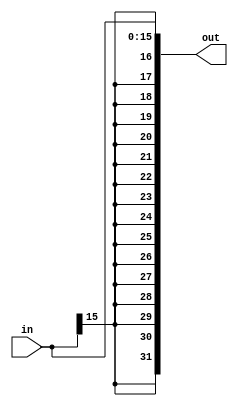
//////////////////////////////////////////////////////////////////
//                                                              //
//  Sign extend unit for Edge Core                              // 
//                                                              //
//  This file is part of the Edge project                       //
//  http://www.opencores.org/project,edge                       //
//                                                              //
//  Description                                                 //
//   Sign extend unit for Edge Core                             //
//                                                              //
//  Author(s):                                                  //
//      - Hesham AL-Matary, heshamelmatary@gmail.com            //
//                                                              //
//////////////////////////////////////////////////////////////////
//                                                              //
// Copyright (C) 2014 Authors and OPENCORES.ORG                 //
//                                                              //
// This source file may be used and distributed without         //
// restriction provided that this copyright statement is not    //
// removed from the file and that any derivative work contains  //
// the original copyright notice and the associated disclaimer. //
//                                                              //
// This source file is free software; you can redistribute it   //
// and/or modify it under the terms of the GNU Lesser General   //
// Public License as published by the Free Software Foundation; //
// either version 2.1 of the License, or (at your option) any   //
// later version.                                               //
//                                                              //
// This source is distributed in the hope that it will be       //
// useful, but WITHOUT ANY WARRANTY; without even the implied   //
// warranty of MERCHANTABILITY or FITNESS FOR A PARTICULAR      //
// PURPOSE.  See the GNU Lesser General Public License for more //
// details.                                                     //
//                                                              //
// You should have received a copy of the GNU Lesser General    //
// Public License along with this source; if not, download it   //
// from http://www.opencores.org/lgpl.shtml                     //
//                                                              //
//////////////////////////////////////////////////////////////////

module sign_extend
#
(
  parameter N = 32,
  parameter INSize = 16
)
(
  input[INSize-1:0] in,
  output[N-1:0] out
);

assign out = {{(N-INSize){in[INSize-1]}},in};

endmodule